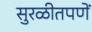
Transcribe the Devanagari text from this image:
सुरळीतपणें